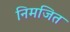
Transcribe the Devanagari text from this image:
निमजित